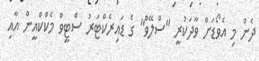
ދެން މި އެވޯޑަށް ވާދަކުރީ "ސްލޭވް" ގެ ޑައިރެކްޓަރު ސްޓީވް މެކްކްއީން އާއި